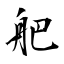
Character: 舥